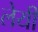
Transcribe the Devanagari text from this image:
लेयी